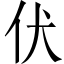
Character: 伏